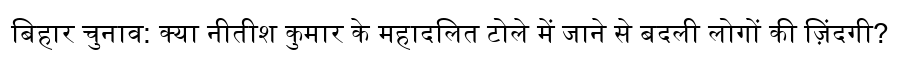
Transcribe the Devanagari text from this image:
बिहार चुनाव: क्या नीतीश कुमार के महादलित टोले में जाने से बदली लोगों की ज़िंदगी?